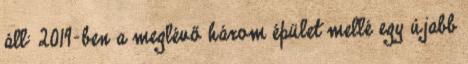
áll: 2019-ben a meglévő három épület mellé egy újabb